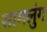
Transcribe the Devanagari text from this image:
सामलुंग